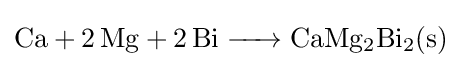
{\ce {Ca + 2Mg + 2Bi -> CaMg2Bi2(s)}}